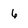
Character: 6